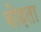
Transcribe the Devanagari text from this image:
बोइता